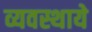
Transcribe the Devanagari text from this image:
व्यवस्थाये